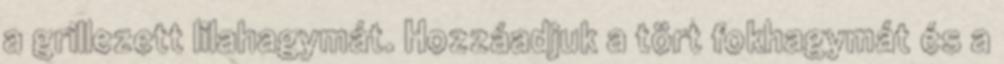
a grillezett lilahagymát. Hozzáadjuk a tört fokhagymát és a